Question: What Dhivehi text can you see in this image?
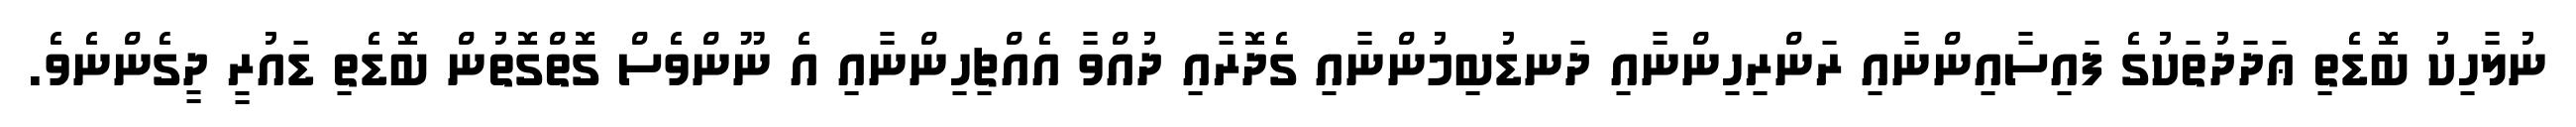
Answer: ނުލާހިކު ބޮޑެތި ޢަދަދުތަކުގެ ފައިސާއިންނާއި ރަންރިހިންނާއި ދަނޑުބިމުންނާއި ގެދޮރާއި ދުއްވާ އެއްޗިހިންނާއި އެ ނޫންވެސް ގޮތްގޮތުން ބޮޑެތި ޑައުރީ ދީގެންނެވެ.